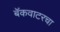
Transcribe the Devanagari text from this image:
बॅकवाटरचा